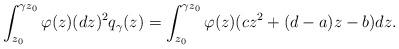
LaTeX: \begin{align*}\int_{z_0}^{\gamma z_0} \varphi(z) (dz)^2q_\gamma(z) = \int_{z_0} ^{\gamma z_0} \varphi(z) (cz^2 + (d-a)z -b) dz.\end{align*}